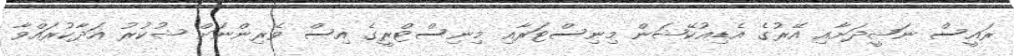
ރައީސް ނަޝީދަށާއި އޭރުގެ އެޑިއުކޭޝަން މިނިސްޓަރާއި މިނިސްޓްރީގެ އިސް ވެރިންނަށް ޝުކުރު އަދާކުރައްވާ